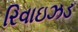
રિવાઇઝડ